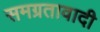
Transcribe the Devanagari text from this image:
समग्रतावादी